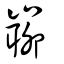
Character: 𡼅